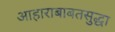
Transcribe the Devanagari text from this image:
आहाराबाबतसुद्धा